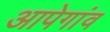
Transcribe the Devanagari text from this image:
आपेगांव